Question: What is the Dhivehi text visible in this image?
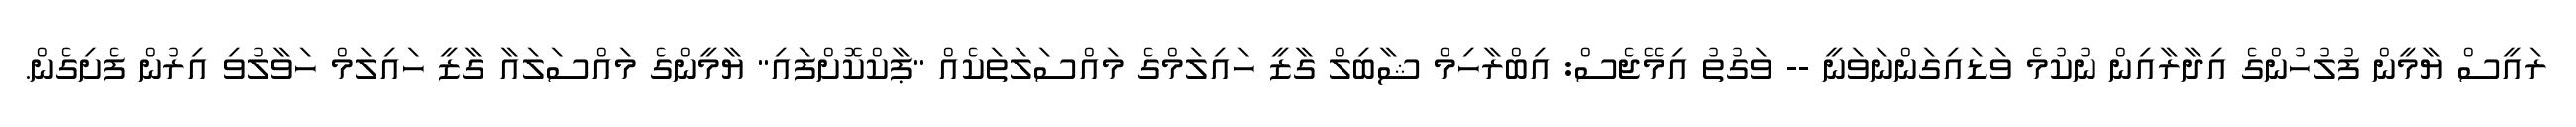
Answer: ރައީސް ޔާމީން ފުލުހުންގެ އިދާރާއިން ނުކުމެ ވަޑައިގަންނަވަނީ -- ވަގުތު އިމޭޖެސް: އިބްރާހިމް ޝާބިލް ގާޒީ ހައިލަމްގެ މައްސަލަތަކެއް "ޕާކްކޮށްފައި" ޔާމީންގެ މައްސަލައާ ގާޒީ ހައިލަމް ހަވާލުވި އިރުން ފެށިގެން.